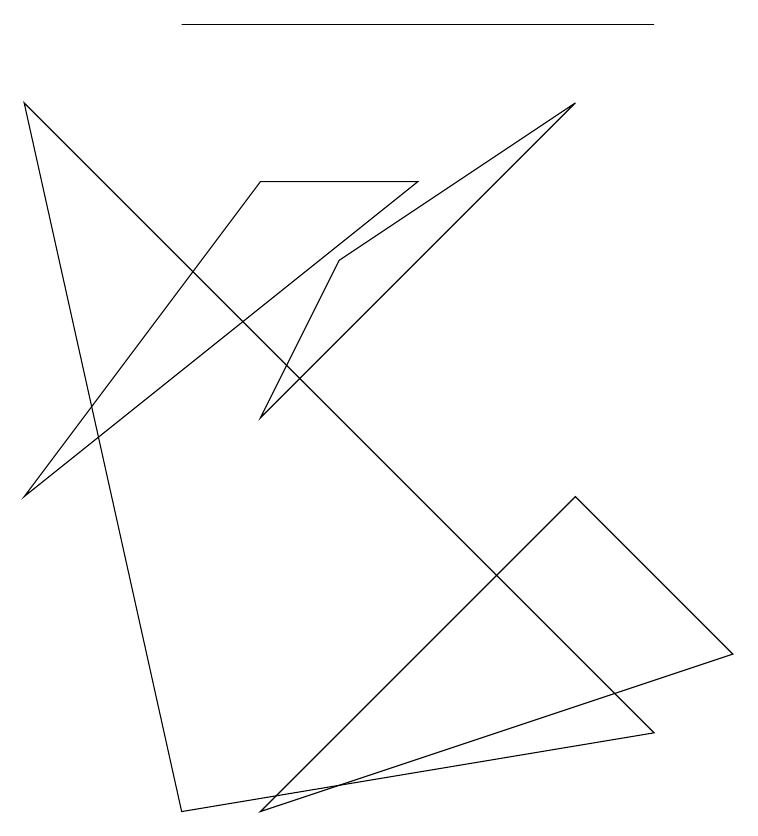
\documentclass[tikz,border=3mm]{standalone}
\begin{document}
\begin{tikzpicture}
\draw (7,4) -- (3,0) -- (9,2) -- cycle;
\draw (8,10) rectangle (2,10);
\draw (3,5) -- (7,9) -- (4,7) -- cycle;
\draw (5,8) -- (0,4) -- (3,8) -- cycle;
\draw (2,0) -- (0,9) -- (8,1) -- cycle;
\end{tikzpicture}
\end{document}